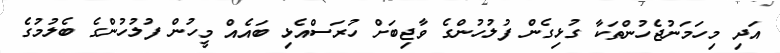
އަދި މިހަމަނުޖެހުންތަކާ ގުޅިގެން ފުލުހުންގެ ވާޖިބަށް ހުރަސްއެޅި ބައެއް މީހުން ފުލުހުންގެ ބެލުމުގެ